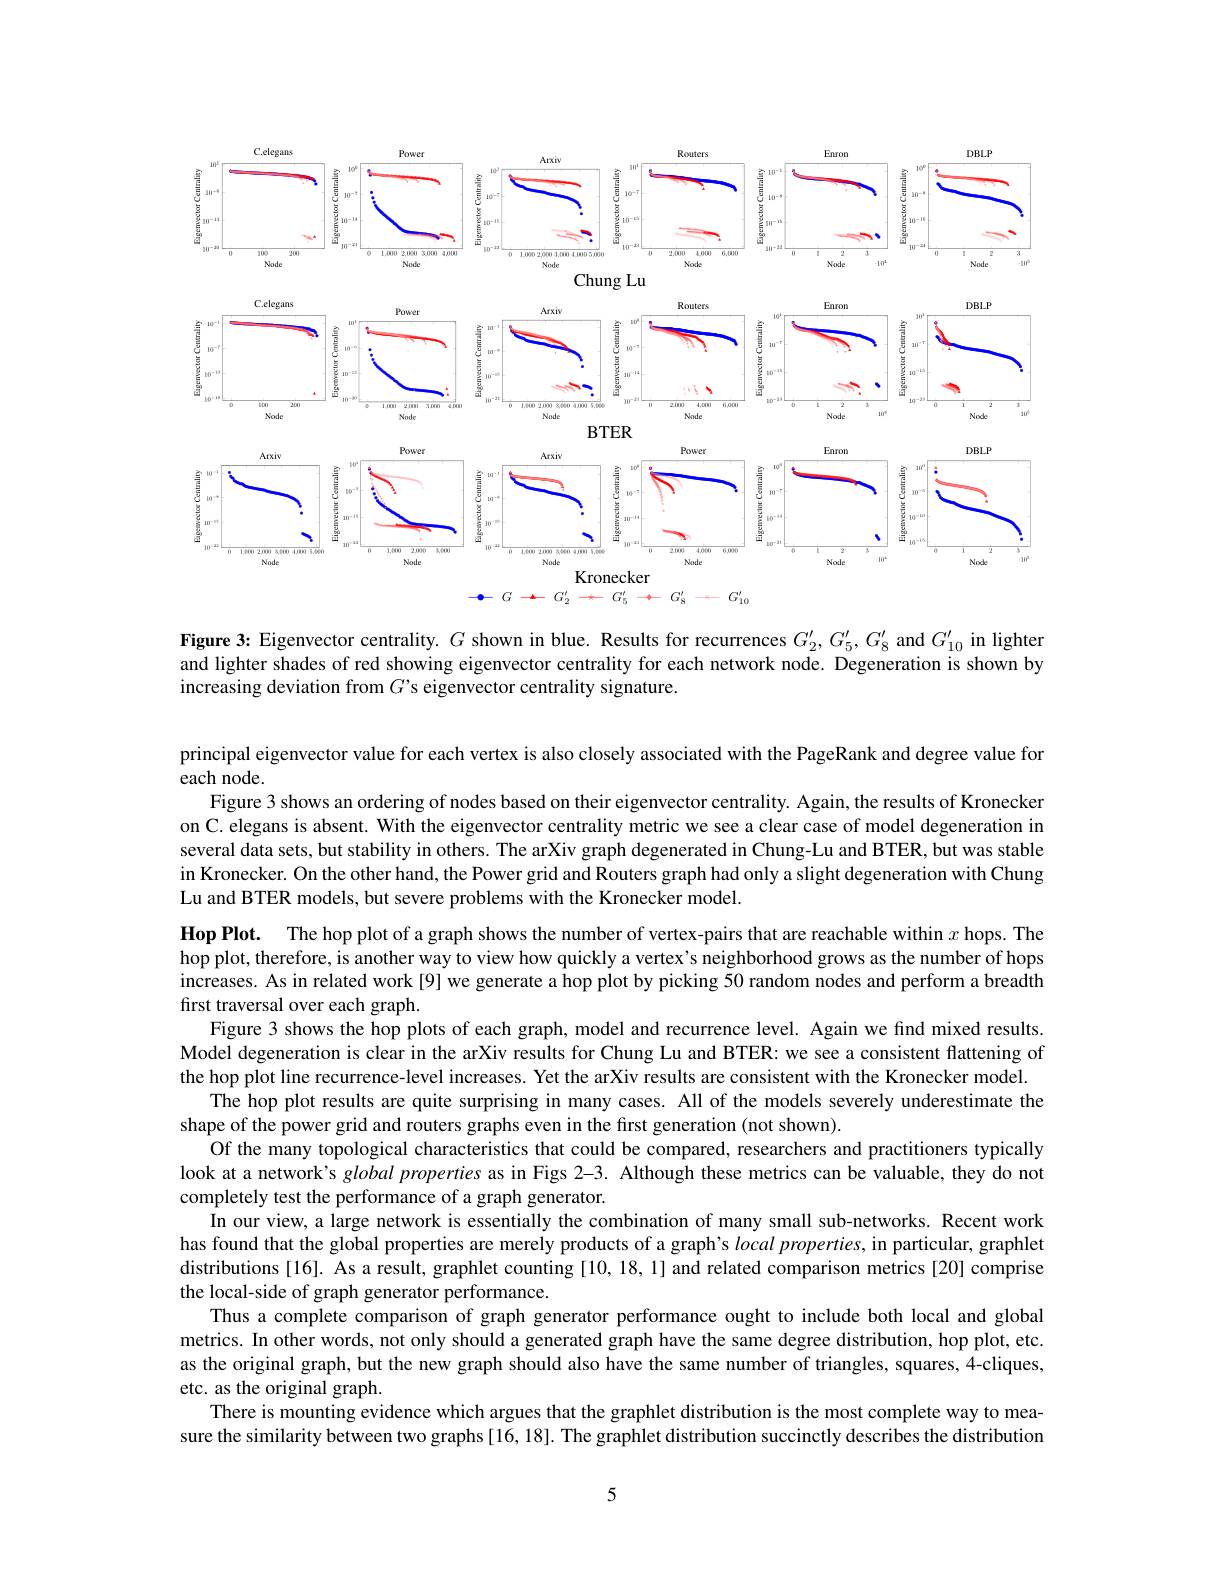
<FigureHere>

Figure 3: Eigenvector centrality. $G$ shown in blue. Results for recurrences $G_2^{\prime},G_5^{\prime},G_8^{\prime}$ and $G_{10}^{\prime}$ in lighter and lighter shades of red showing eigenvector centrality for each network node. Degeneration is shown by increasing deviation from $G$'s eigenvector centrality signature.

principal eigenvector value for each vertex is also closely associated with the PageRank and degree value for

each node.
Figure 3 shows an ordering of nodes based on their eigenvector centrality. Again, the results of Kronecker on C. elegans is absent. With the eigenvector centrality metric we see a clear case of model degeneration in several data sets, but stability in others. The arXiv graph degenerated in Chung-Lu and BTER, but was stable in Kronecker. On the other hand, the Power grid and Routers graph had only a slight degeneration with Chung Lu and BTER models, but severe problems with the Kronecker model.
Hop Plot. The hop plot of a graph shows the number of vertex-pairs that are reachable within $x$ hops. The hop plot, therefore, is another way to view how quickly a vertex's neighborhood grows as the number of hops increases. As in related work[9] we generate a hop plot by picking 50 random nodes and perform a breadth first traversal over each graph.
Figure 3 shows the hop plots of each graph, model and recurrence level. Again we find mixed results Model degeneration is clear in the arXiv results for Chung Lu and BTER: we see a consistent flattening of the hop plot line recurrence-level increases. Yet the arXiv results are consistent with the Kronecker model.
The hop plot results are quite surprising in many cases. All of the models severely underestimate the
shape of the power grid and routers graphs even in the first generation (not shown).
Of the many topological characteristics that could be compared, researchers and practitioners typically look at a network's global properties as in Figs 2-3. Although these metrics can be valuable, they do not completely test the performance of a graph generator.
In our view, a large network is essentially the combination of many small sub-networks. Recent work has found that the global properties are merely products of a graph's local properties, in particular, graphlet distributions [16]. As a result, graphlet counting [10, 18, 1] and related comparison metrics [20] comprise the local-side of graph generator performance.
Thus a complete comparison of graph generator performance ought to include both local and global metrics. In other words, not only should a generated graph have the same degree distribution, hop plot, etc. as the original graph, but the new graph should also have the same number of triangles, squares, 4-cliques, etc. as the original graph.
There is mounting evidence which argues that the graphlet distribution is the most complete way to measure the similarity between two graphs [16, 18]. The graphlet distribution succinctly describes the distribution

5